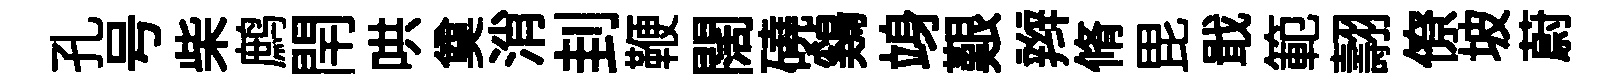
孔号柴鹧閈哄奠消刲鞭闊磽鷄竧艱辫脩毘戢範翿僚坡蔚